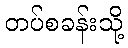
တပ်စခန်းသို့